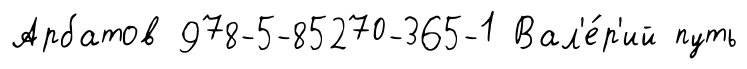
Арбатов 978-5-85270-365-1 Вал'е́р'ий путь